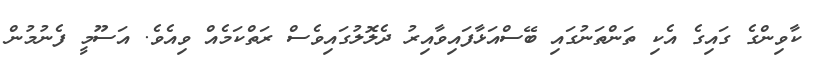
ކާވިންގެ ގައިގެ އެކި ތަންތަނުގައި ބޭސްއަޅާފައިވާއިރު ދެލޮލުގައިވެސް ރަތްކަމެއް ވިއެވެ. އަސޫމީ ފެނުމުން